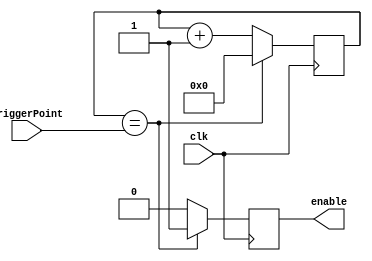
module rateDivider(triggerPoint, clk, enable);
	input [27:0]triggerPoint;
	input clk;
	reg [27:0]clockTick;
	initial clockTick = 28'd0;
	output reg enable;
	
	always@(posedge clk)begin
		if(clockTick == triggerPoint)
			begin
				enable <= 1'b1;
				clockTick <=28'd0;
			end
		else
			begin
			enable <= 1'b0;
			clockTick <= clockTick+1;
			end
		end	
		
		endmodule